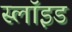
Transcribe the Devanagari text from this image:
स्लॉइड